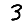
Digit: 3